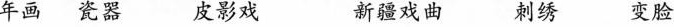
年画瓷器 皮影戏 新疆戏曲 刺绣 变脸